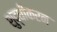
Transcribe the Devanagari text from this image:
शुद्धीकरन